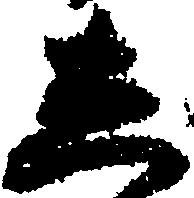
し